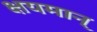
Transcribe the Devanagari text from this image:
क्षयमान्